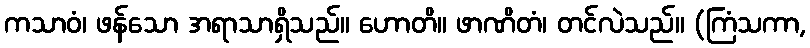
ကသာဝံ၊ ဖန်သော အရာသာရှိသည်။ ဟောတိ။ ဖာဏိတံ၊ တင်လဲသည်။ (ကြံသကာ,